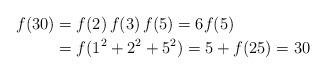
LaTeX: \begin{align*}f(30)&= f(2)\,f(3)\,f(5) = 6f(5) \\*&= f(1^2+2^2+5^2) = 5+f(25) = 30\end{align*}